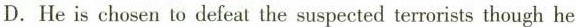
D.He is chosen to defeat the suspected terrorists though he